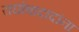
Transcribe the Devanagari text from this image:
राघोबादादांना